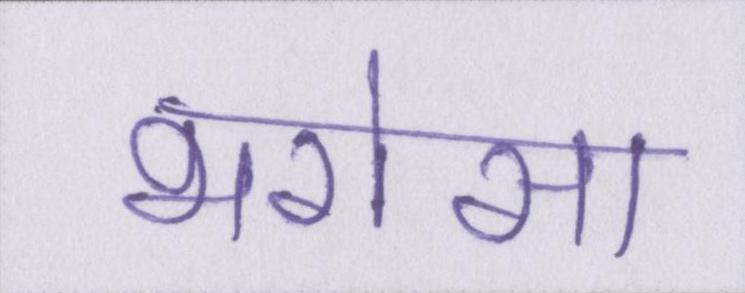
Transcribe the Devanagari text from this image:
भरोसा